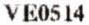
VE0514